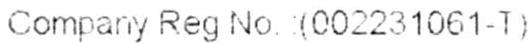
COMPANY REG NO. : (002231061-T)